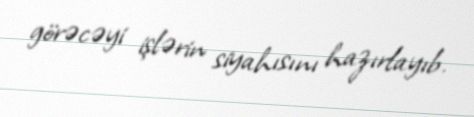
görəcəyi işlərin siyahısını hazırlayıb.